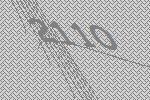
2110